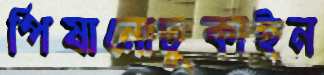
পিষানোঢুকাইন